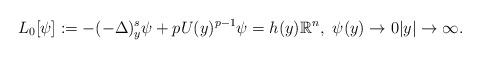
LaTeX: \begin{align*}L_0[\psi]:= -(-\Delta)^s_y\psi + pU(y)^{p-1}\psi = h(y)\mathbb{R}^n,\,\,\psi(y)\to 0|y|\to \infty.\end{align*}